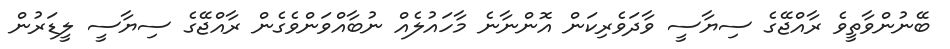
ބޭނުންވާތީވެ ރާއްޖޭގެ ސިޔާސީ ވާދަވެރިކަން އޮންނާނެ މާހައުލެއް ނުބާއްވަންވެގެން ރާއްޖޭގެ ސިޔާސީ ލީޑަރުން